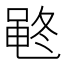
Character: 𱌂